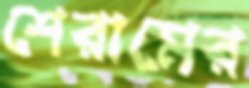
শেরামের